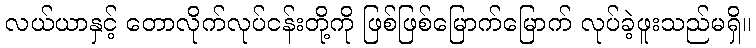
လယ်ယာနှင့် တောလိုက်လုပ်ငန်းတို့ကို ဖြစ်ဖြစ်မြောက်မြောက် လုပ်ခဲ့ဖူးသည်မရှိ။